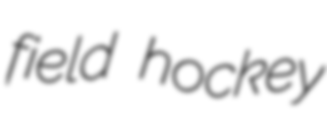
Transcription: field hockey